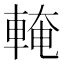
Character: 𨌧